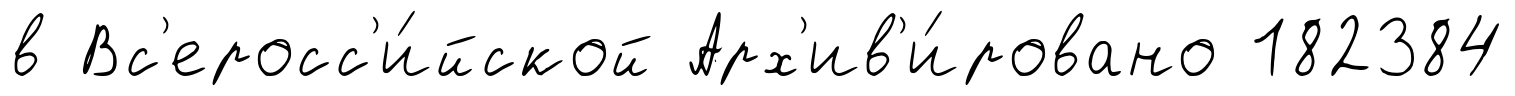
в Вс'еросс'и́йской Арх'ив'и́ровано 182384